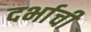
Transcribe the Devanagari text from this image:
दर्भाची